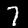
Label: 7